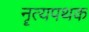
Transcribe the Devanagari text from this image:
नॄत्यपथक